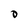
Character: O